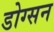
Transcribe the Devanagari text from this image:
डोग्सन